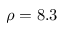
\rho = 8 . 3